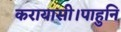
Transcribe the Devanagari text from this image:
करायासी।पाहुनि